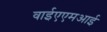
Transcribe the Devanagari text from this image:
वाईएएमआई